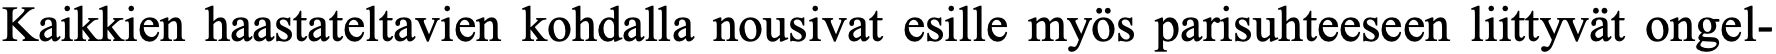
Kaikkien haastateltavien kohdalla nousivat esille myös parisuhteeseen liittyvät ongel-